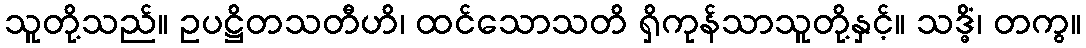
သူတို့သည်။ ဥပဋ္ဌိတသတီဟိ၊ ထင်သောသတိ ရှိကုန်သာသူတို့နှင့်။ သဒ္ဓိံ၊ တကွ။